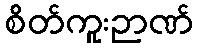
စိတ်ကူးဉာဏ်